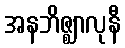
အနဘိဇ္ဈာလုနီ